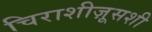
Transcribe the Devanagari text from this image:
चिराशीज़ूसशी